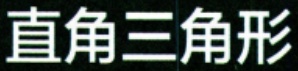
直角三角形